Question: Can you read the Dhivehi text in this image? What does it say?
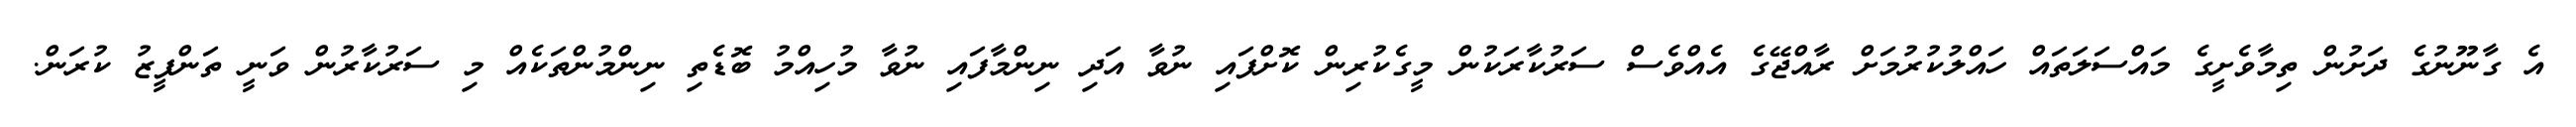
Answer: އެ ގާނޫނުގެ ދަށުން ތިމާވެށީގެ މައްސަލަތައް ހައްލުކުރުމަށް ރާއްޖޭގެ އެއްވެސް ސަރުކާރަކުން މީގެކުރިން ކޮށްފައި ނުވާ އަދި ނިންމާފައި ނުވާ މުހިއްމު ބޮޑެތި ނިންމުންތަކެއް މި ސަރުކާރުން ވަނީ ތަންފީޒު ކުރަން.